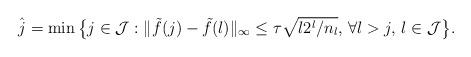
LaTeX: \begin{align*}\hat{j}=\min\big\{ j\in \mathcal{J}: \|\tilde{f}(j)-\tilde{f}(l)\|_\infty\leq \tau \sqrt{l2^l/n_l},\, \forall l>j,\, l\in\mathcal{J} \big\}.\end{align*}